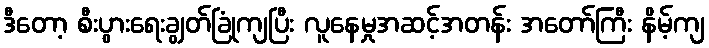
ဒီတော့ စီးပွားရေးချွတ်ခြုံကျပြီး လူနေမှုအဆင့်အတန်း အတော်ကြီး နိမ့်ကျ